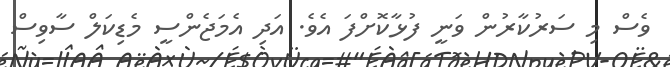
ވެސް މި ސަރުކާރުން ވަނީ ފުޅާކޮށްފަ އެވެ. އަދި އެމަޖެންސީ މެޑިކަލް ސާވިސް